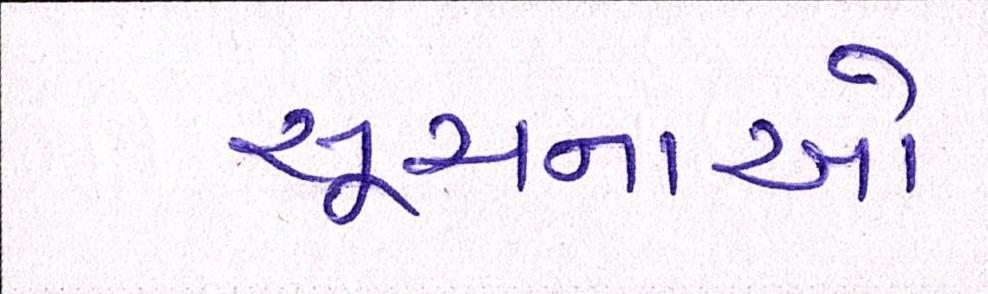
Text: સૂચનાઓ